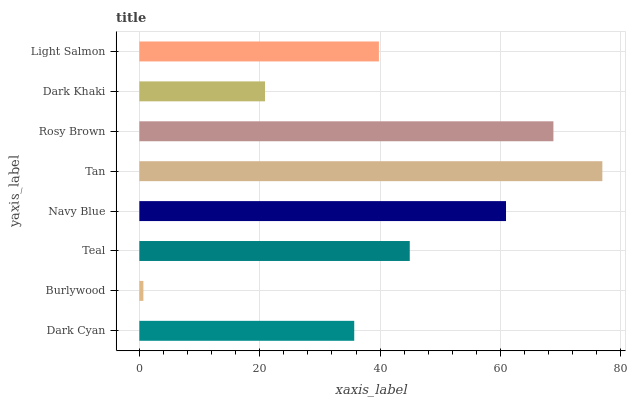
| yaxis_label | bars |
 | --- | --- |
 | Dark Cyan | 35.7 |
 | Burlywood | 0.674 |
 | Teal | 44.9 |
 | Navy Blue | 60.9 |
 | Tan | 76.9 |
 | Rosy Brown | 68.8 |
 | Dark Khaki | 20.9 |
 | Light Salmon | 39.8 |